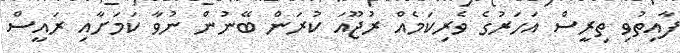
ފާއިތުވި ތިރީސް އަހަރުގެ ވެރިކަމެއް ރުޖޫއަ ކުރަން ބޭނުން ނުވާ ކަމަށާއި ރައީސް